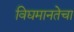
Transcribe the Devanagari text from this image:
विद्यमानतेचा